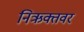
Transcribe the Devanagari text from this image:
निऋक्तवर